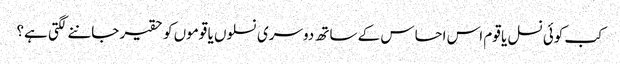
کب کوئی نسل یا قوم اس احساس کے ساتھ دوسری نسلوں یا قوموں کو حقیر جاننے لگتی ہے؟